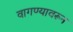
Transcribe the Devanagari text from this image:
वागण्यावरून